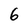
Character: 6